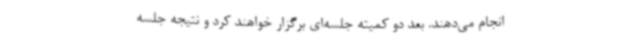
انجام می‌دهند. بعد دو کمیته جلسه‌ای برگزار خواهند کرد و نتیجه جلسه